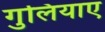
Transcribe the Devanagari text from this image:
गुलियाए